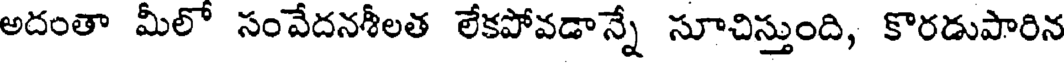
అదంతా మీలో సంవేదనశీలత లేకపోవడాన్నే సూచిస్తుంది, కొరడుపారిన